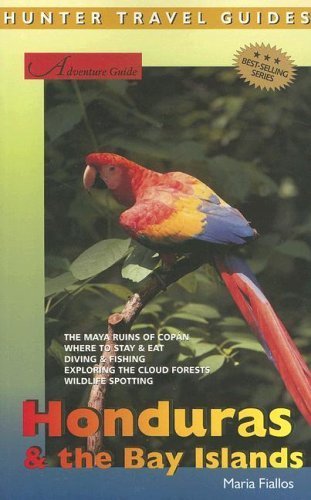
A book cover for Adventure Guide Honduras & The Bay Islands (Hunter Travel Guide) (Adventure Guide) by Maria Fiallos(June 30, 2006) Paperback; Maria Fiallos; Travel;